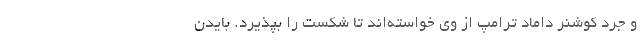
و جرد کوشنر داماد ترامپ از وی خواسته‌اند تا شکست را بپذیرد. بایدن